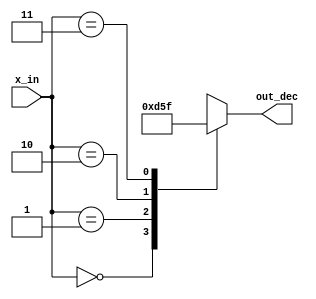
`timescale 1ns / 1ps
//////////////////////////////////////////////////////////////////////////////////
// Company: 
// Engineer: 
// 
// Design Name: 
// Module Name: decoder
// Project Name: 
// Target Devices: 
// Tool Versions: 
// Description: 
// 
// Dependencies: 
// 
// Revision:
// Revision 0.01 - File Created
// Additional Comments:
// 
//////////////////////////////////////////////////////////////////////////////////


module decoder#(parameter DEC_WIDTH = 2)
                (x_in  , out_dec);
input [DEC_WIDTH-1:0] x_in ;
output reg [2:0] out_dec ;


always @(*)
   begin
     case(x_in)
     0: out_dec = 3'b110;
     1: out_dec = 3'b101;
     2: out_dec = 3'b011;
     3: out_dec = 3'b111;
     default : out_dec = 3'bzzz ;
     endcase
     end
endmodule